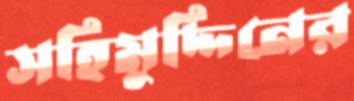
সহিমুদ্দিনের